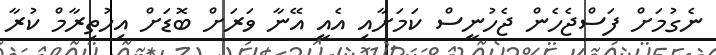
ނެގުމަށް ފަސްޖެހެން ޖެހުނީސް ކަމަށާއި އެއީ އޭނާ ވަރަށް ބޮޑަށް އިހުތިރާމް ކުރާ